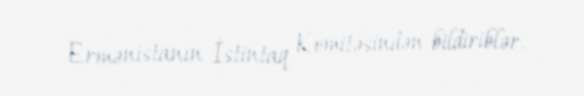
Ermənistanın İstintaq Komitəsindən bildiriblər.